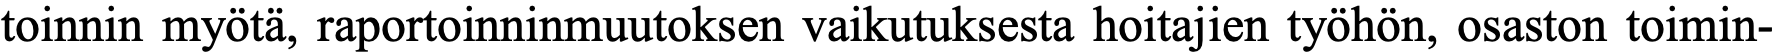
toinnin myötä, raportoinninmuutoksen vaikutuksesta hoitajien työhön, osaston toimin-